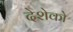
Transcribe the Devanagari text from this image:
देशेको